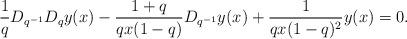
LaTeX: \begin{align*} \frac{1}{q} D_{q^{-1}} D_{q}y(x)- \dfrac{1+q}{qx(1-q)}D_{q^{-1}} y(x) +\frac{ 1}{qx(1-q)^2} y(x) =0.\end{align*}